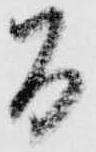
間